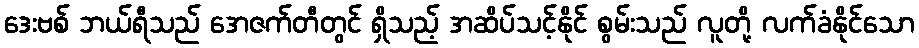
ဒေးဗစ် ဘယ်ရီသည် အေဇက်တီတွင် ရှိသည့် အဆိပ်သင့်နိုင် စွမ်းသည် လူတို့ လက်ခံနိုင်သော